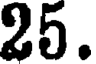
25.